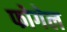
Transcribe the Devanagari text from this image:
फोगेल